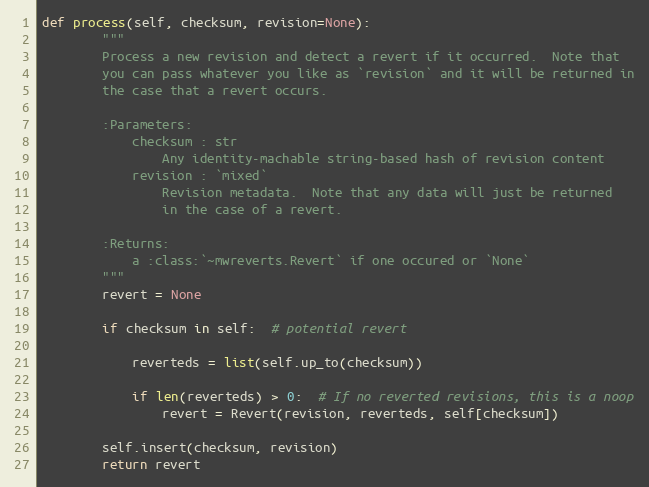
Language: Python
def process(self, checksum, revision=None):
        """
        Process a new revision and detect a revert if it occurred.  Note that
        you can pass whatever you like as `revision` and it will be returned in
        the case that a revert occurs.

        :Parameters:
            checksum : str
                Any identity-machable string-based hash of revision content
            revision : `mixed`
                Revision metadata.  Note that any data will just be returned
                in the case of a revert.

        :Returns:
            a :class:`~mwreverts.Revert` if one occured or `None`
        """
        revert = None

        if checksum in self:  # potential revert

            reverteds = list(self.up_to(checksum))

            if len(reverteds) > 0:  # If no reverted revisions, this is a noop
                revert = Revert(revision, reverteds, self[checksum])

        self.insert(checksum, revision)
        return revert